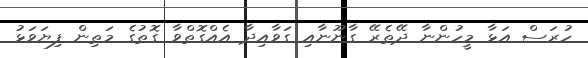
ހުރަސް އަޅާ މީހުންނާ ދޭތެރޭ ގާނޫނާއި ގަވާއިދާ އެއްގޮތްވާ ގޮތުގެ މަތިން ފިޔަވަޅު